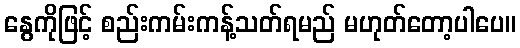
နွေကိုဖြင့် စည်းကမ်းကန့်သတ်ရမည် မဟုတ်တော့ပါပေ။